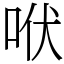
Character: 𰇛